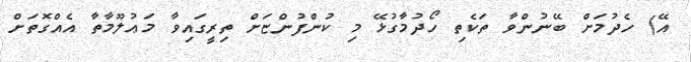
އޭ) ހެދުމަށް ބޭނުންވާ ތަކެތި ހޯދުމާގުޅޭ މި ކުންފުންޏަށް ތިރީގައިވާ މަޢުލޫމާތާ އެއްގޮތަށް